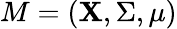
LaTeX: M=(\mathbf{X},\Sigma,\mu)